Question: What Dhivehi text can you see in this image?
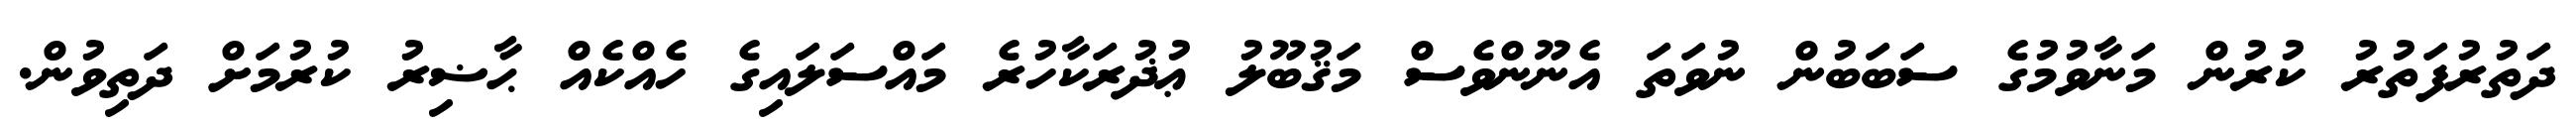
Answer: ދަތުރުފަތުރު ކުރުން މަނާވުމުގެ ސަބަބުން ނުވަތަ އެނޫންވެސް މަޤުބޫލު ޢުޛުރަކާހުރެ މައްސަލައިގެ ހެއްކެއް ޙާޟިރު ކުރުމަށް ދަތިވުން.